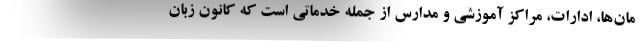
مان‌ها، ادارات، مراکز آموزشی و مدارس از جمله خدماتی است که کانون زبان